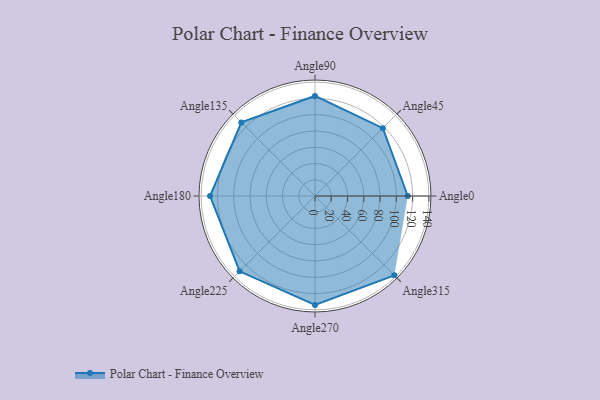
{"axis": {"x": "Angle", "y": "Radius"}, "legend": [""], "data": [{"x": "Angle0", "y": 114.0, "type": ""}, {"x": "Angle45", "y": 118.0, "type": ""}, {"x": "Angle90", "y": 123.0, "type": ""}, {"x": "Angle135", "y": 128.0, "type": ""}, {"x": "Angle180", "y": 129.0, "type": ""}, {"x": "Angle225", "y": 131.0, "type": ""}, {"x": "Angle270", "y": 134.0, "type": ""}, {"x": "Angle315", "y": 138.0, "type": ""}]}